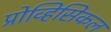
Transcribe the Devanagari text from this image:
प्रोव्हिसिकल